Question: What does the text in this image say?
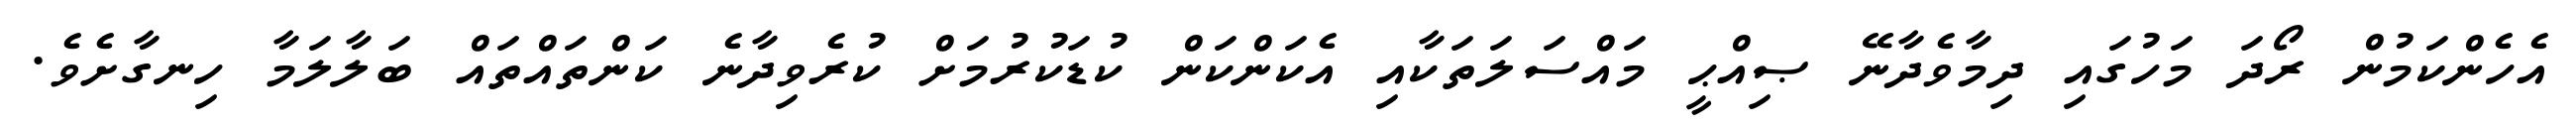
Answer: އެހެންކަމުން ރޯދަ މަހުގައި ދިމާވެދާނޭ ޞިއްޙީ މައްސަލަތަކާއި އެކަންކަން ކުޑަކުރުމަށް ކުރެވިދާނެ ކަންތައްތައް ބަލާލަމާ ހިނގާށެވެ.